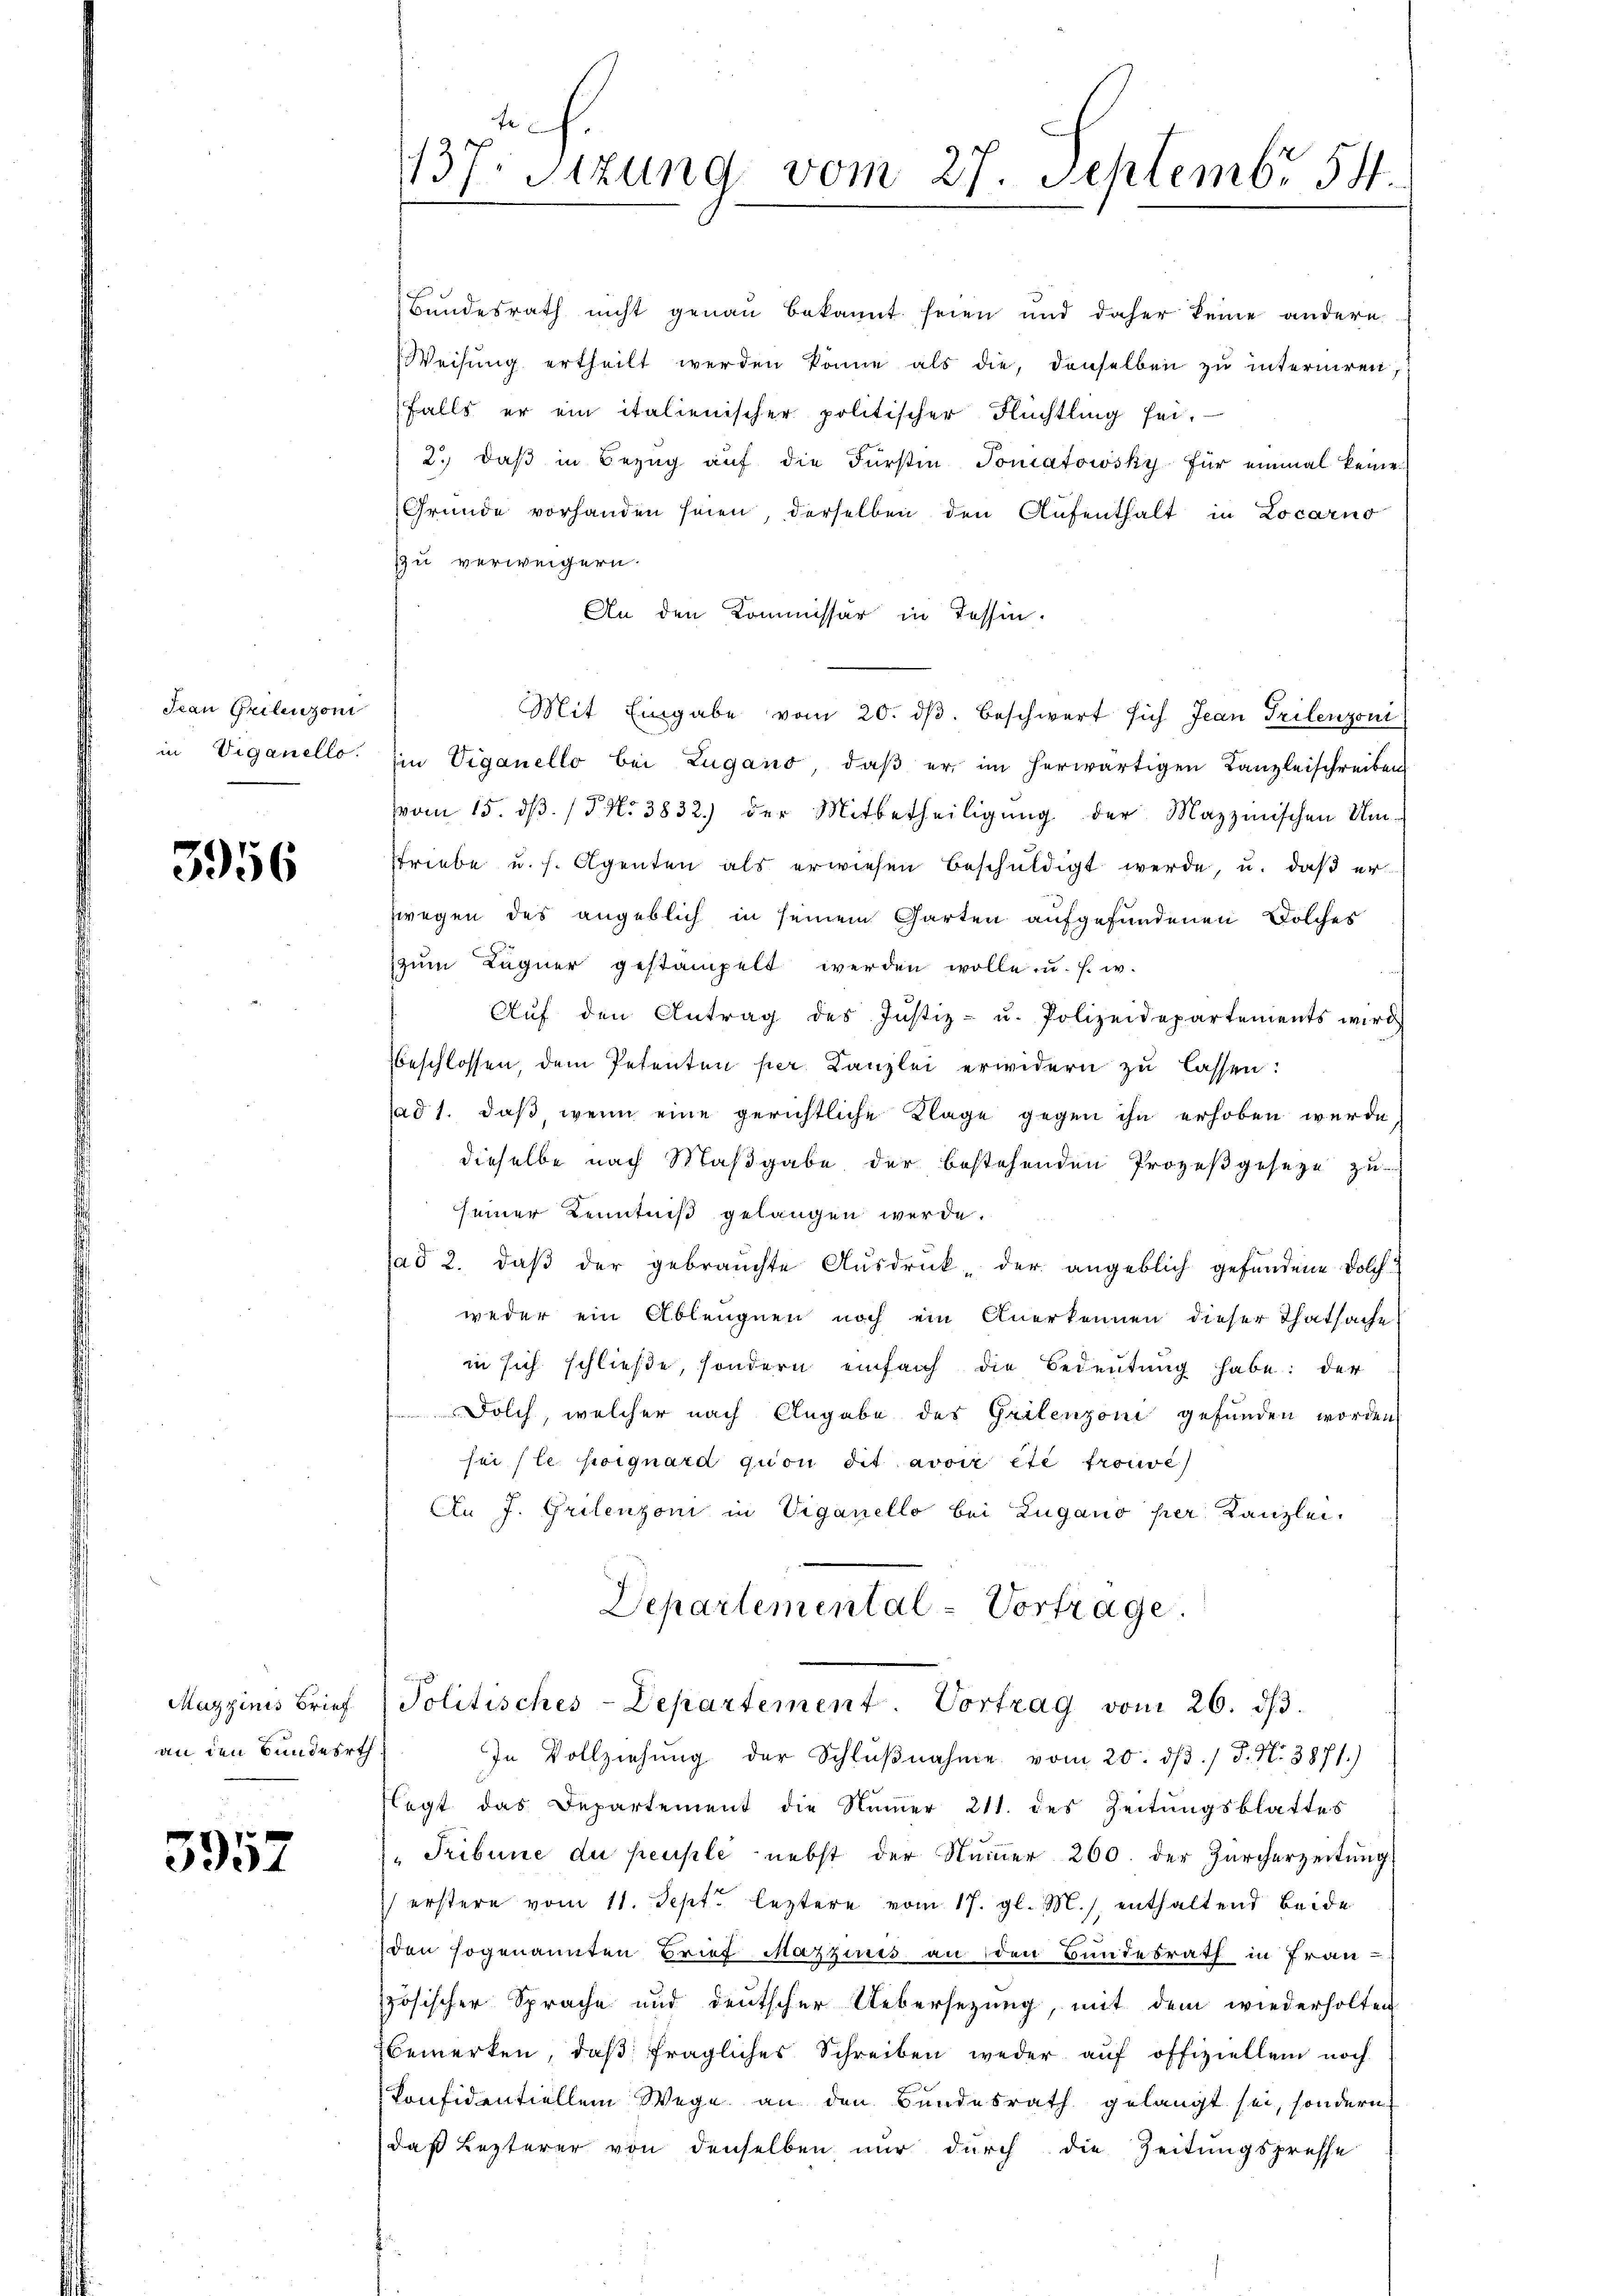
Jean Grilenzoni
in Viganello.

3956

Mazzinis Brief.
an den Bundesrth

3957

Bundesrath nicht genau bekannt seien und daher keine andern
Weisung ertheilt werden könne als die, denselben zu interniren,
Falls er ein italienischer politischer Flüchtling sei.
2. daβ in Bezŭg aŭf die Fürstin Tomatowsky für einmal keine
Gründe vorhanden seien, derselben den Aufenthalt in Locarno
zu verweigern.
An den Kommissär in Tessin.
Mit Eingabe vom 20. dβ. beschwert sich Jean Prilenzoni
Ein Viganello bei Zugano, daβ er im herwärtigen Kanzleischreiben
vom 15. dβ. /5 N. 3832) der Mitbetheiligŭng der Mazzmischen Um-
striebe u. s. Agenten als erwiesen beschŭldigt werde, u. daβ er
zwegen des angeblich in seinem Garten aufgefundenen Solches
zum Lagner gestampelt werden wolle u. s. w.

Aŭf den Antrag des Justiz- u. Polizeidepartements wird
beschlossen, dem Petenten per Canzlei erwidern zu lassen:
ad 1. daß wenn eine gerichtliche Klage gegen ihn erhoben werde.
dieselbe nach Maßgabe der bestehenden Prozeßgeseze zu
seiner Kenntniß gelangen werde.
sad 2. daβ der gebrauchte Aŭsdruck, der angeblich gefundene Dolch
weder ein Ableugnen noch ein Anerkennen dieser Thatsache
in sich schließe, sondern einfach die Bedeutung habe: der
Dolch, welcher nach Angabe des Grilenzoni gefunden worden,
sei le poiguard quon dit avoir été trouve
An J. Grilenzoni in Viganello bei Zugano per Kanzlei.
Departemental-Vortrage.
Politisches-Departement. Vortrag vom 26. ds.
In Vollziehung der Schlŭβnahme vom 20. dβ. / P. N. 3871)
legt das Departement die Numer 211. des Zeitungsblattes
" Tribune du peuple nebst der Nummer 260. der Zürcherzeitung:
 erstere vom 11. Sept. leztere vom 17. gl. M. enthaltend beide
den sogenannten Brief Mazzinis an den Bundesrath in Fran-
zösischer Sprache und deutscher Uebersezung, mit dem wiederholten
Bemerken, daß fragliches Schreiben weder auf offiziellem noch
konfidentiellem Wege an den Bundesrath gelangt sei, sondern
daß Lezterer von denselben nur durch die Zeitungspresse

137. Stzung vom 27. Septembr 54.